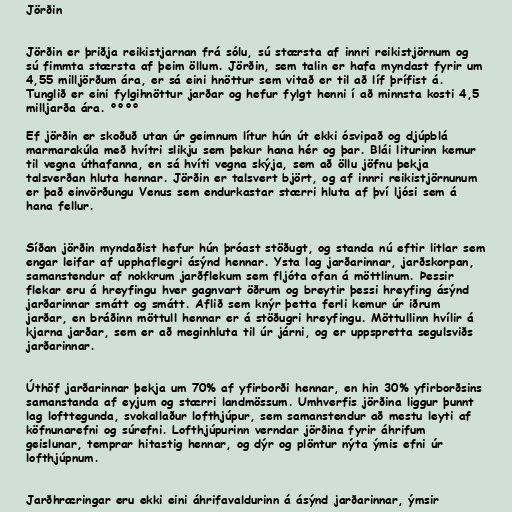
Jörðin

Jörðin er þriðja reikistjarnan frá sólu, sú stærsta af innri reikistjörnum og
sú fimmta stærsta af þeim öllum. Jörðin, sem talin er hafa myndast fyrir um
4,55 milljörðum ára, er sá eini hnöttur sem vitað er til að líf þrífist á.
Tunglið er eini fylgihnöttur jarðar og hefur fylgt henni í að minnsta kosti 4,5
milljarða ára. °°°°

Ef jörðin er skoðuð utan úr geimnum lítur hún út ekki ósvipað og djúpblá
marmarakúla með hvítri slikju sem þekur hana hér og þar. Blái liturinn kemur
til vegna úthafanna, en sá hvíti vegna skýja, sem að öllu jöfnu þekja
talsverðan hluta hennar. Jörðin er talsvert björt, og af innri reikistjörnunum
er það einvörðungu Venus sem endurkastar stærri hluta af því ljósi sem á
hana fellur.

Síðan jörðin myndaðist hefur hún þróast stöðugt, og standa nú eftir litlar sem
engar leifar af upphaflegri ásýnd hennar. Ysta lag jarðarinnar, jarðskorpan,
samanstendur af nokkrum jarðflekum sem fljóta ofan á möttlinum. Þessir
flekar eru á hreyfingu hver gagnvart öðrum og breytir þessi hreyfing ásýnd
jarðarinnar smátt og smátt. Aflið sem knýr þetta ferli kemur úr iðrum
jarðar, en bráðinn möttull hennar er á stöðugri hreyfingu. Möttullinn hvílir á
kjarna jarðar, sem er að meginhluta til úr járni, og er uppspretta segulsviðs
jarðarinnar.

Úthöf jarðarinnar þekja um 70% af yfirborði hennar, en hin 30% yfirborðsins
samanstanda af eyjum og stærri landmössum. Umhverfis jörðina liggur þunnt
lag lofttegunda, svokallaður lofthjúpur, sem samanstendur að mestu leyti af
köfnunarefni og súrefni. Lofthjúpurinn verndar jörðina fyrir áhrifum
geislunar, temprar hitastig hennar, og dýr og plöntur nýta ýmis efni úr
lofthjúpnum.

Jarðhræringar eru ekki eini áhrifavaldurinn á ásýnd jarðarinnar, ýmsir